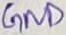
Text: GND